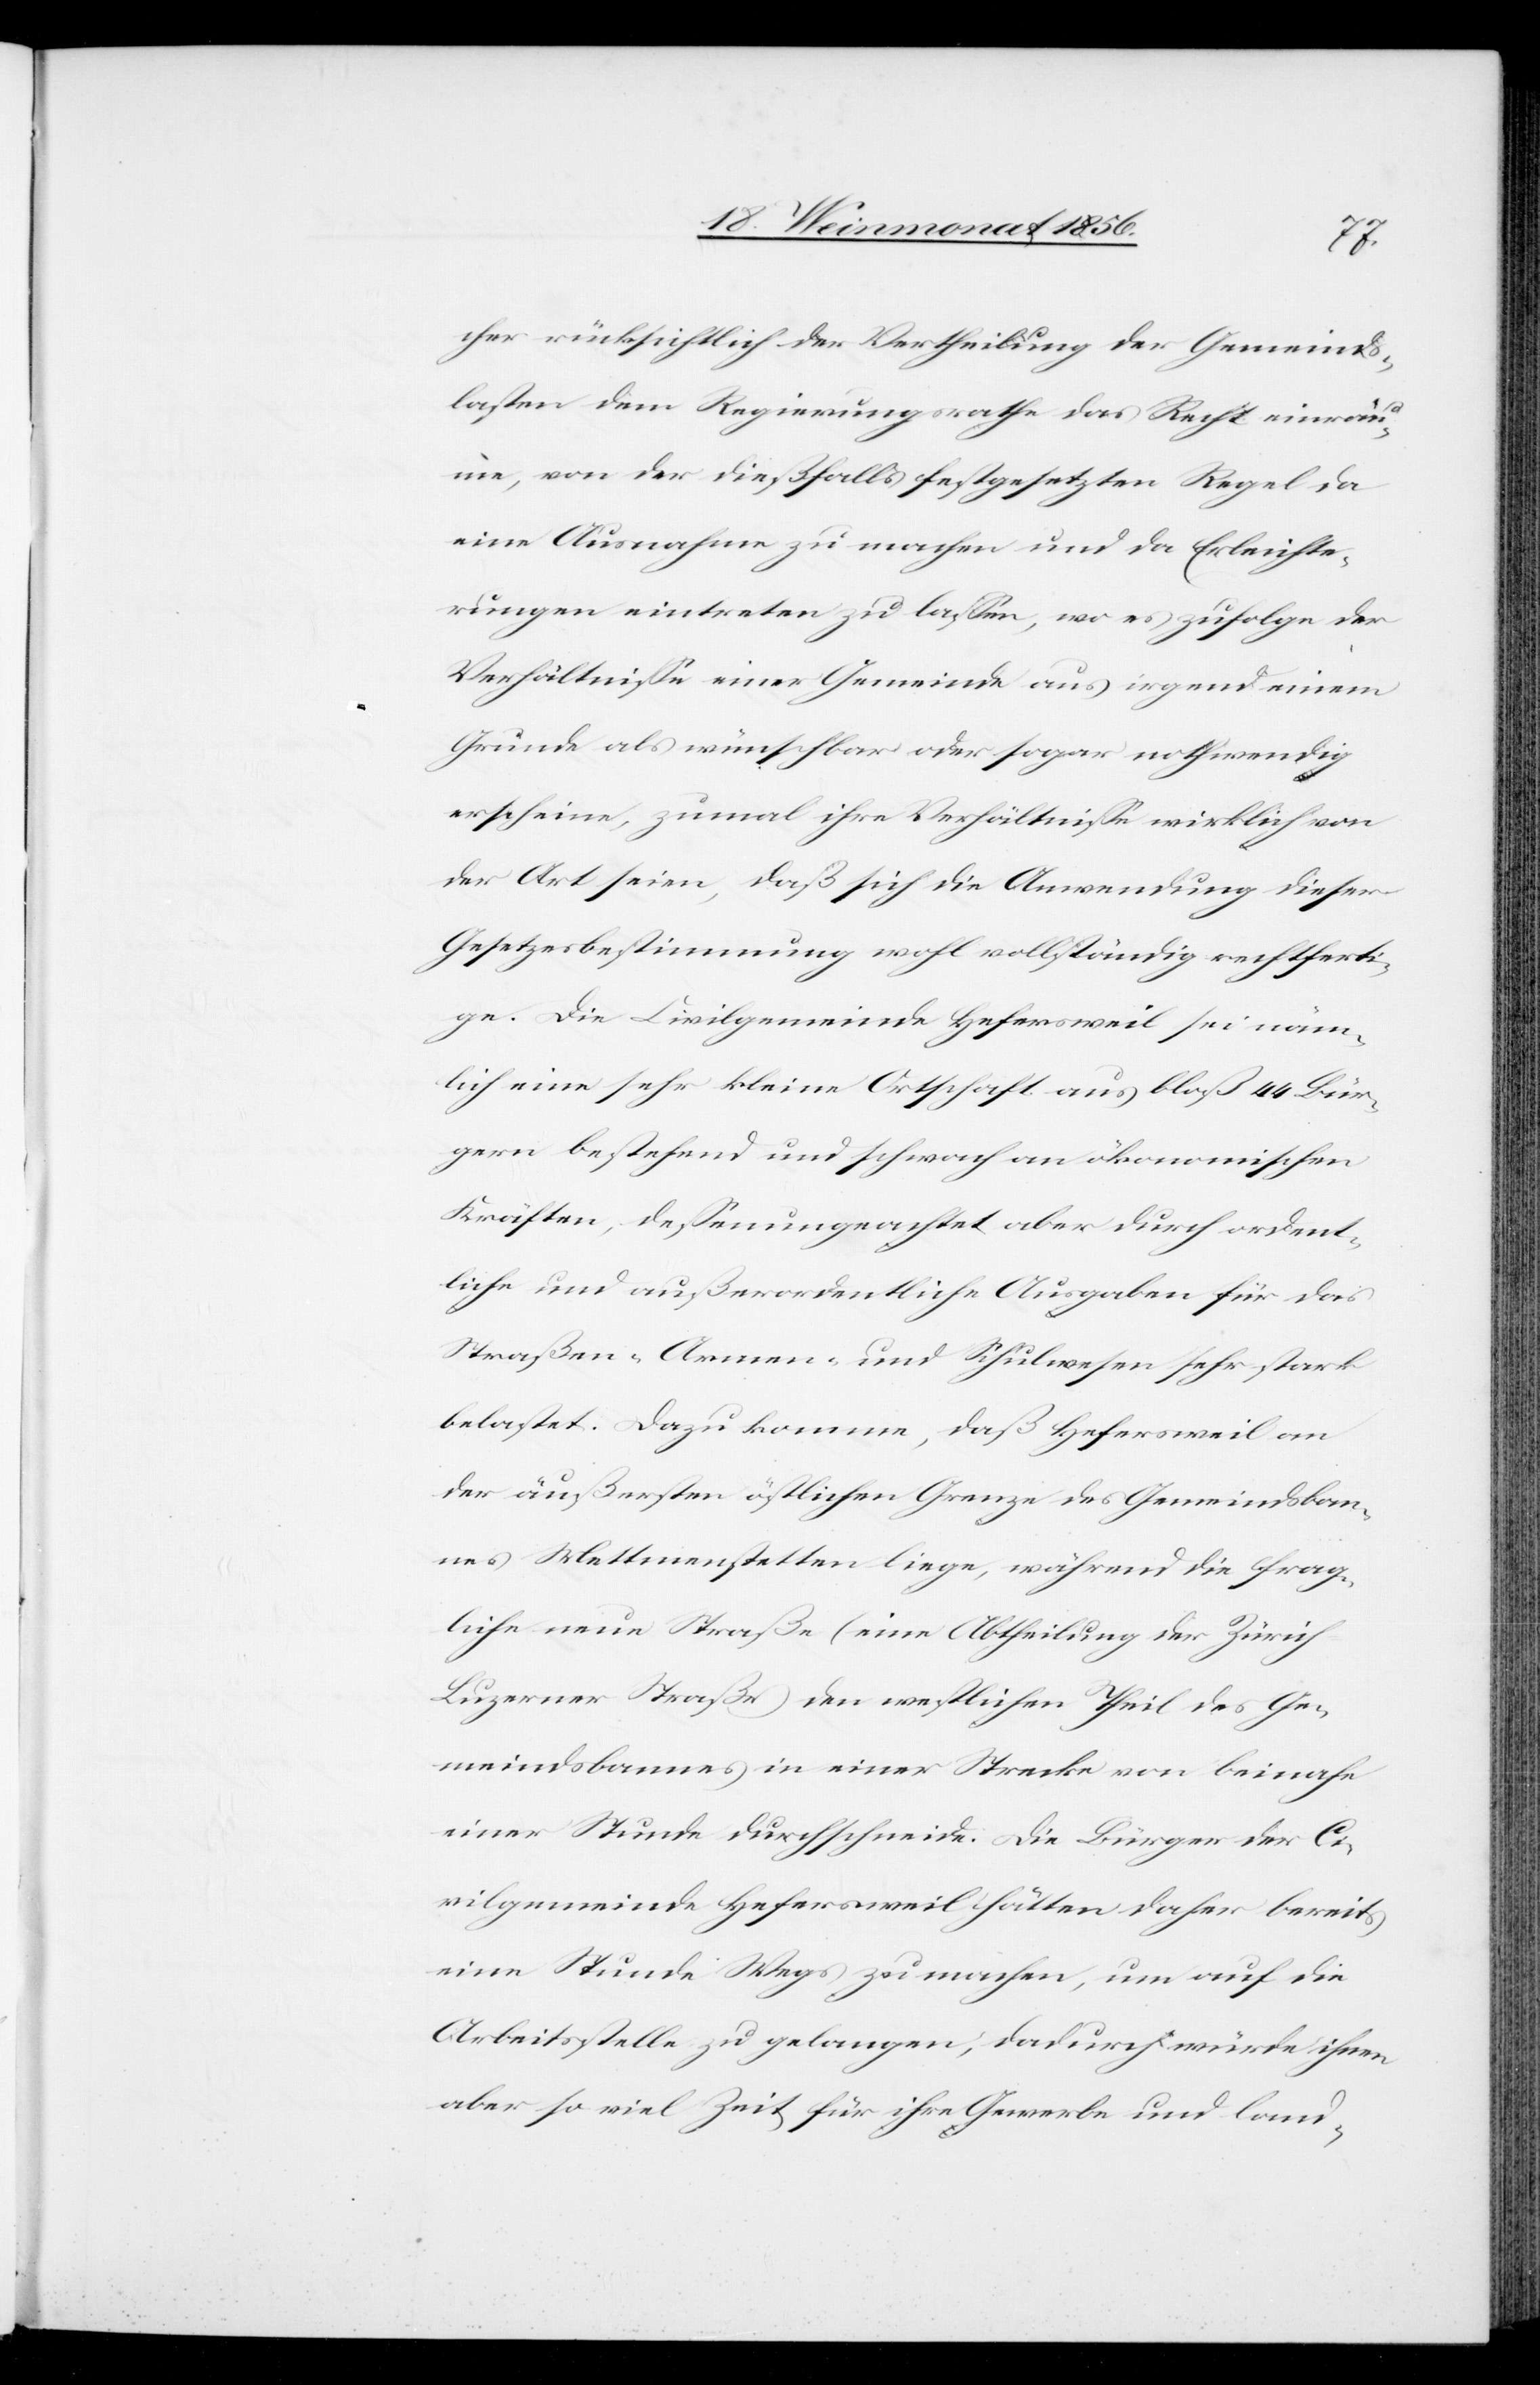
cher rücksichtlich der Vertheilung der Gemeinds¬
lasten dem Regierungsrathe das Recht einräu¬
me, von der dießfalls festgesetzten Regel da
eine Ausnahme zu machen und da Erleichte¬
rungen eintreten zu lassen, wo es zufolge der
Verhältnisse einer Gemeinde aus irgend einem
Grunde als wünschbar oder sogar nothwendig
erscheine, zumal ihre Verhältnisse wirklich von
der Art seien, daß sich die Anwendung dieser
Gesetzesbestimmung wohl vollständig rechtferti¬
ge. Die Civilgemeinde Hefersweil sei näm¬
lich eine sehr kleine Ortschaft aus bloß 44 Bür¬
gern bestehend und schwach an ökonomischen
Kräften, dessenungeachtet aber durch ordent¬
liche und außerordentliche Ausgaben für das
Straßen-[,] Armen- und Schulwesen sehr stark
belastet. Dazu komme, daß Hefersweil an
der äußersten östlichen Grenze des Gemeindsban¬
nes Mettmenstetten liege, während die frag¬
liche neue Straße (eine Abtheilung der Zürich
Luzerner Straße) den westlichen Theil des Ge¬
meindsbannes in einer Strecke von beinahe
einer Stunde durchschneide. Die Bürger der Ci¬
vilgemeinde Hefersweil hätten daher bereits
eine Stunde Wegs zu machen, um auf die
Arbeitsstelle zu gelangen; dadurch würde ihnen
aber so viel Zeit für ihre Gewerbe und land-